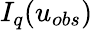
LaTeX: I_{q}(u_{obs})